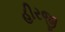
હીરજી